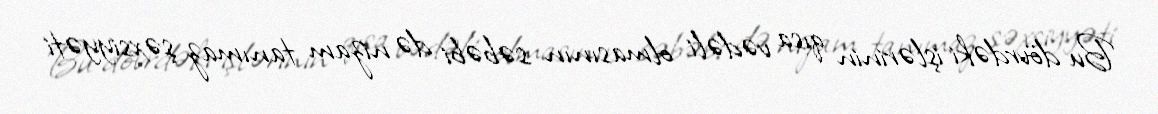
Bu dövrdəki işlərinin qısa vədəli olmasının səbəbi də nizam tanımaz şəxsiyyəti